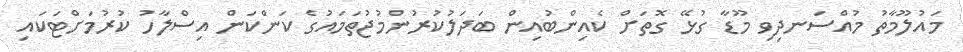
މައުލޫމާތު މުއްސަނދިވި މޫޑާ ގުޅޭ ގޮތަށް ކެއިންބުއިން ބަދަލުކުރުންމުޖުތަމައުގެ ކަންކަން އިސްލާހު ކުރުމަށްޓަކައި